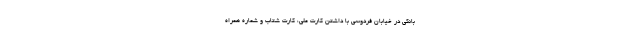
بانکی در خیابان فردوسی با داشتن کارت ملی، کارت شتاب و شماره همراه